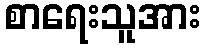
စာရေးသူအား